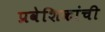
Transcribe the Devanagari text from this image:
प्रवेशिकांची